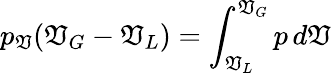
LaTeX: p_{\mathfrak{V}}(\mathfrak{V}_{G}-\mathfrak{V}_{L})=\int_{\mathfrak{V}_{L}}^{\mathfrak{V}_{G}}p\, d\mathfrak{V}